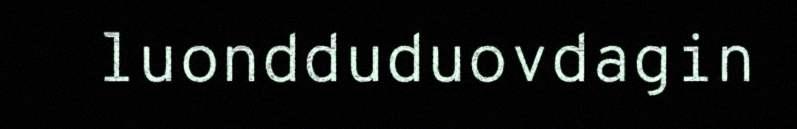
luondduduovdagin